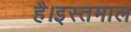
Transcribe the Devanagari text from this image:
है।इस्तमाल